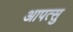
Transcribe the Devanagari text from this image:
आपत्सु